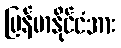
မြန်မာနိုင်ငံအား